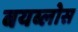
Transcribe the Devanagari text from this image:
बयब्लोस